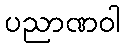
ပညာဏဝါ